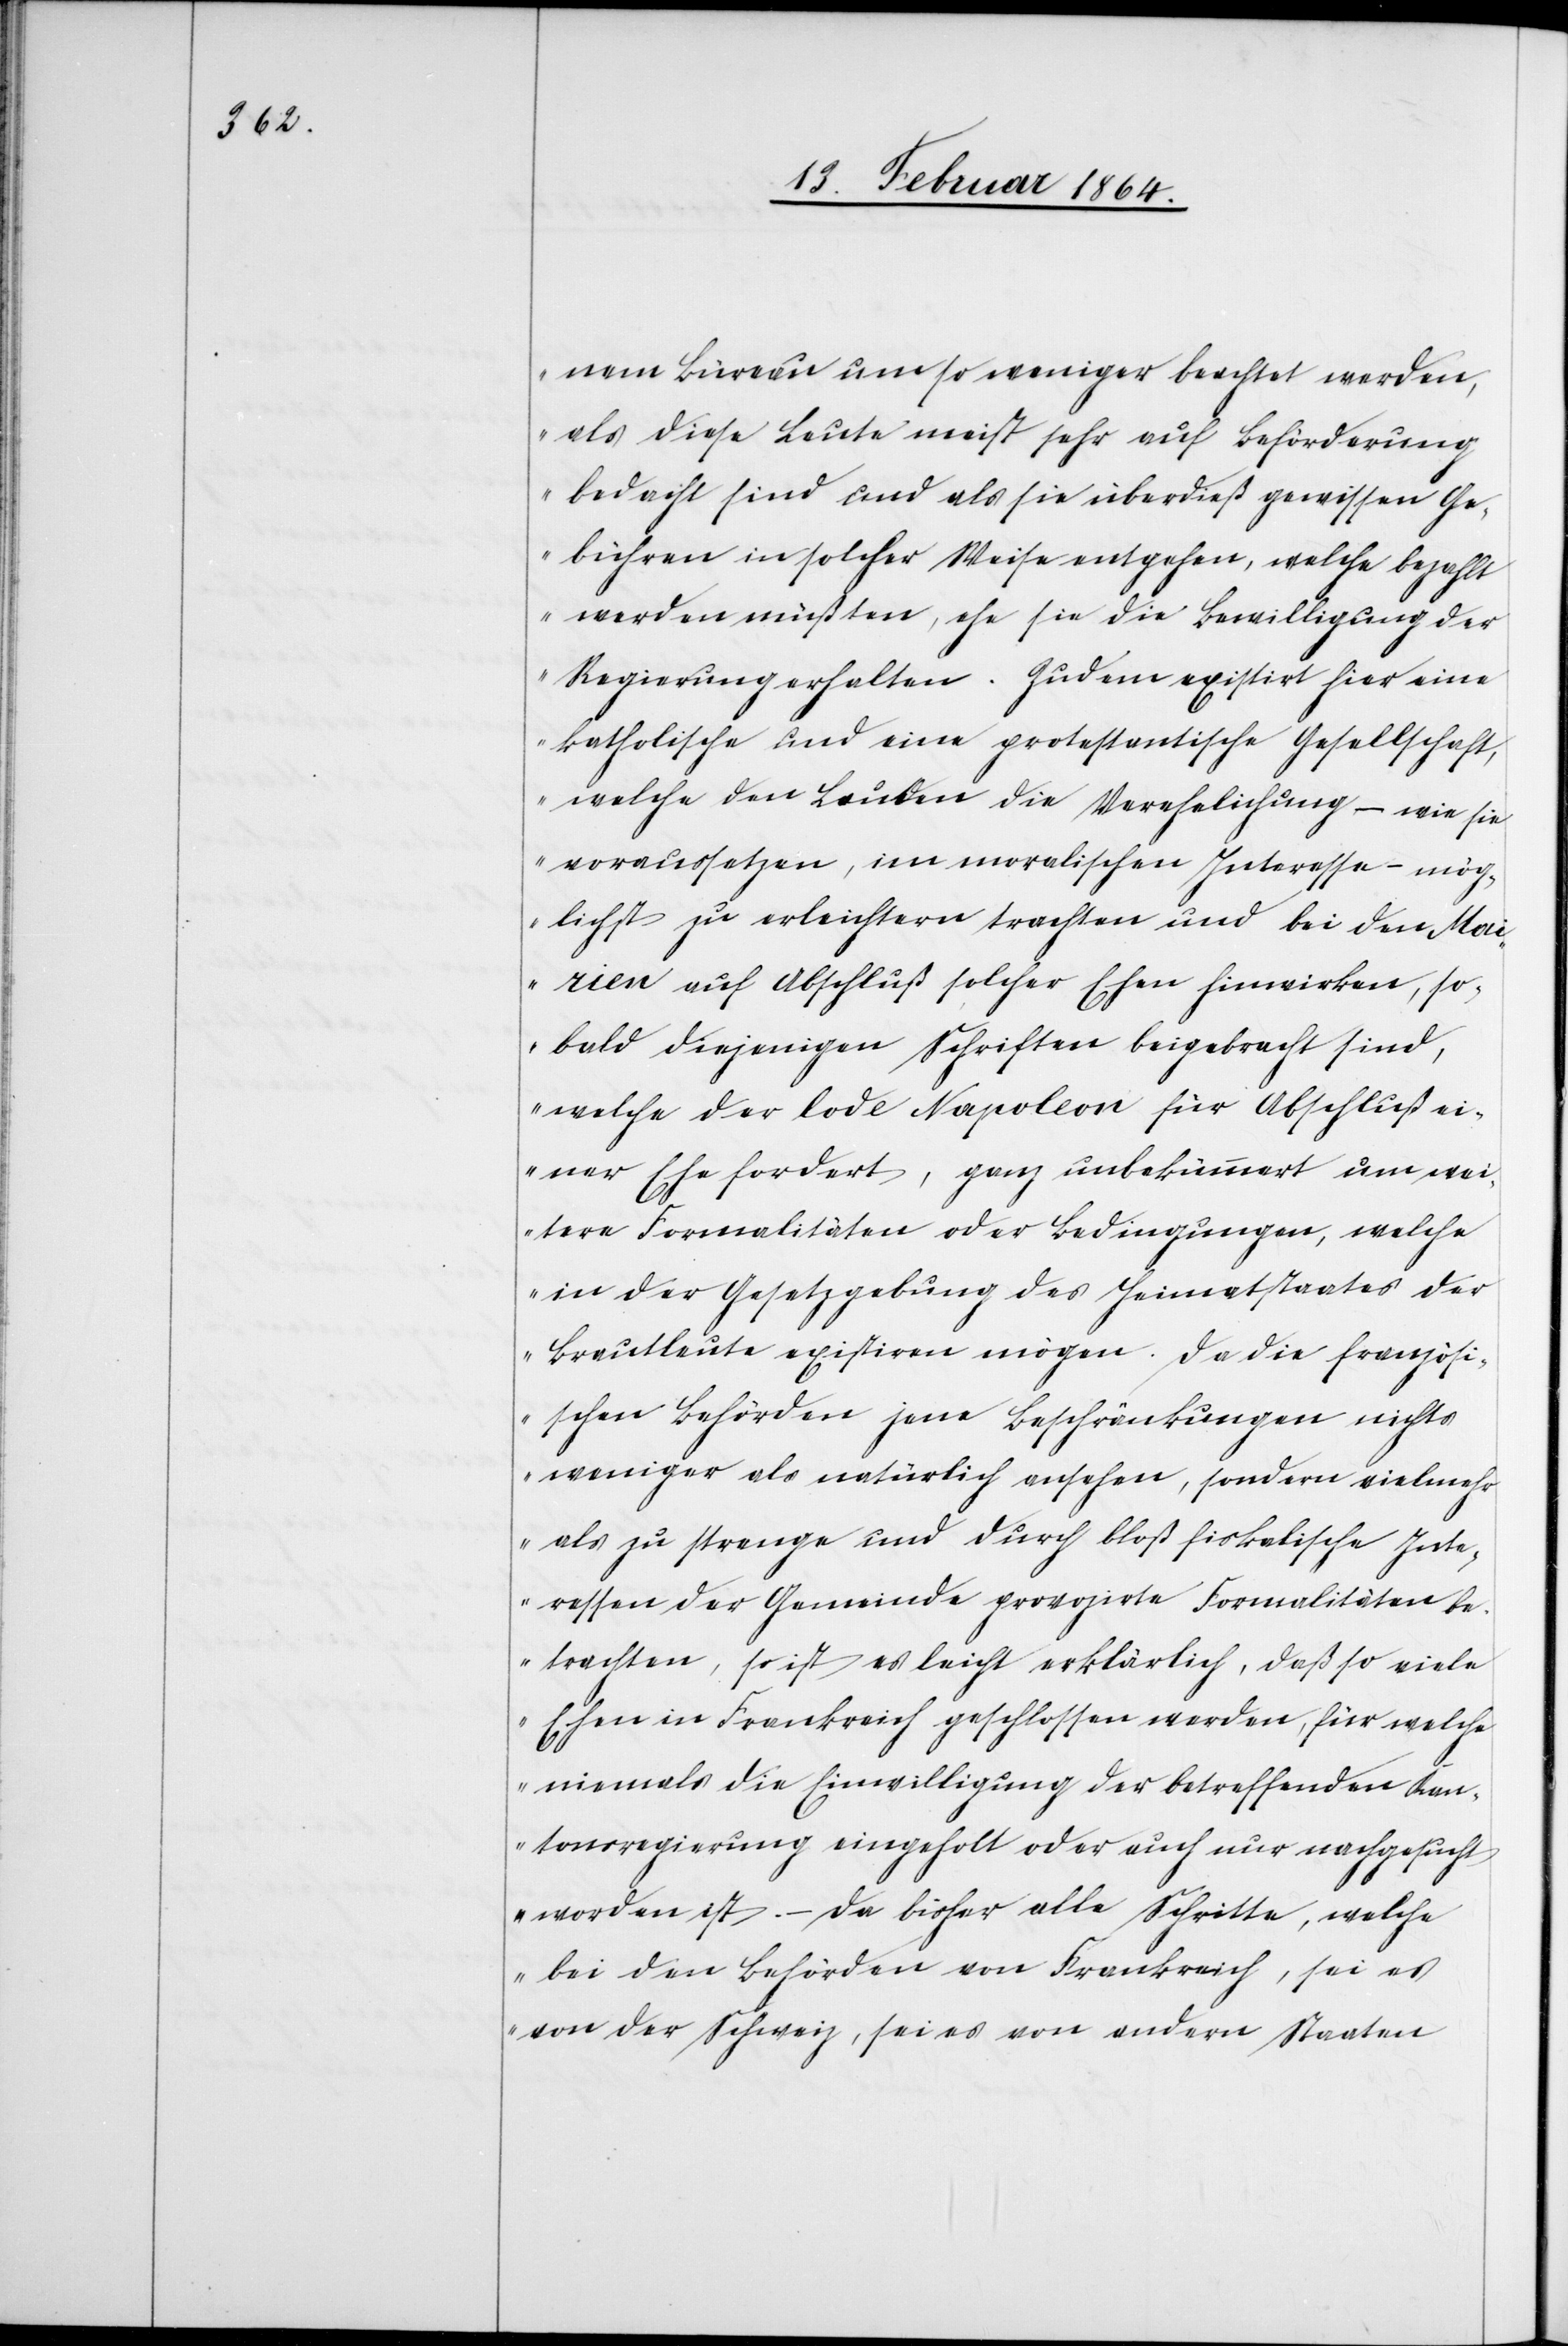
nem Büreau um so weniger beachtet werden,
als diese Leute meist sehr auf Beförderung
bedacht sind und als sie überdieß gewissen Ge¬
bühren in solcher Weise entgehen, welche bezahlt
werden müßten, ehe sie die Bewilligung der
Regierung erhalten. Zudem existirt hier eine
katholische und eine protestantische Gesellschaft,
welche den Leuten die Verehelichung – wie sie
voraussetzen, im moralischen Interesse – mög¬
lichst zu erleichtern trachten und bei den Mai¬
rien auf Abschluß solcher Ehen hinwirken, so¬
bald diejenigen Schriften beigebracht sind,
welche der Code Napoleon für Abschluß ei¬
ner Ehe fordert, ganz unbekümmert um wei¬
tere Formalitäten oder Bedingungen, welche
in der Gesetzgebung des Heimatstaates der
Brautleute existiren mögen. Da die französi¬
schen Behörden jene Beschränkungen nichts
weniger als natürlich ansehen, sondern vielmehr
als zu strenge und durch bloß fiskalische Inte¬
ressen der Gemeinde provozirte Formalitäten be¬
trachten, so ist es leicht erklärlich, daß so viele
Ehen in Frankreich geschlossen werden, für welche
niemals die Einwilligung der betreffenden Kan¬
tonsregierung eingeholt oder auch nur nachgesucht
worden ist. – Da bisher alle Schritte, welche
bei den Behörden von Frankreich, sei es
von der Schweiz, sei es von andern Staaten